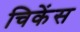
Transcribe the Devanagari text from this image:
चिकेंस